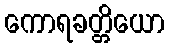
ကောရခတ္တိယော